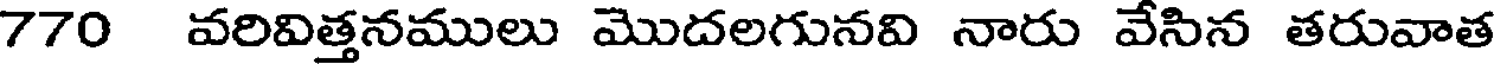
770 వరివిత్తనములు మొదలగునవి నారు వేసిన తరువాత